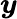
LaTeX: \boldsymbol{y}